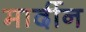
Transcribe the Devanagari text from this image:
मार्दीन